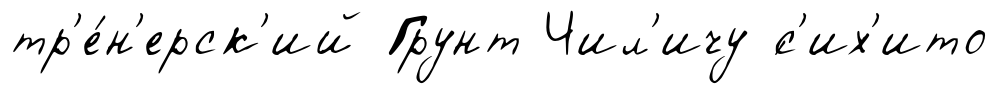
тр'е́н'ерск'ий Грунт Чил'ичу ́с'их'ито